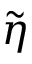
\tilde { \eta }